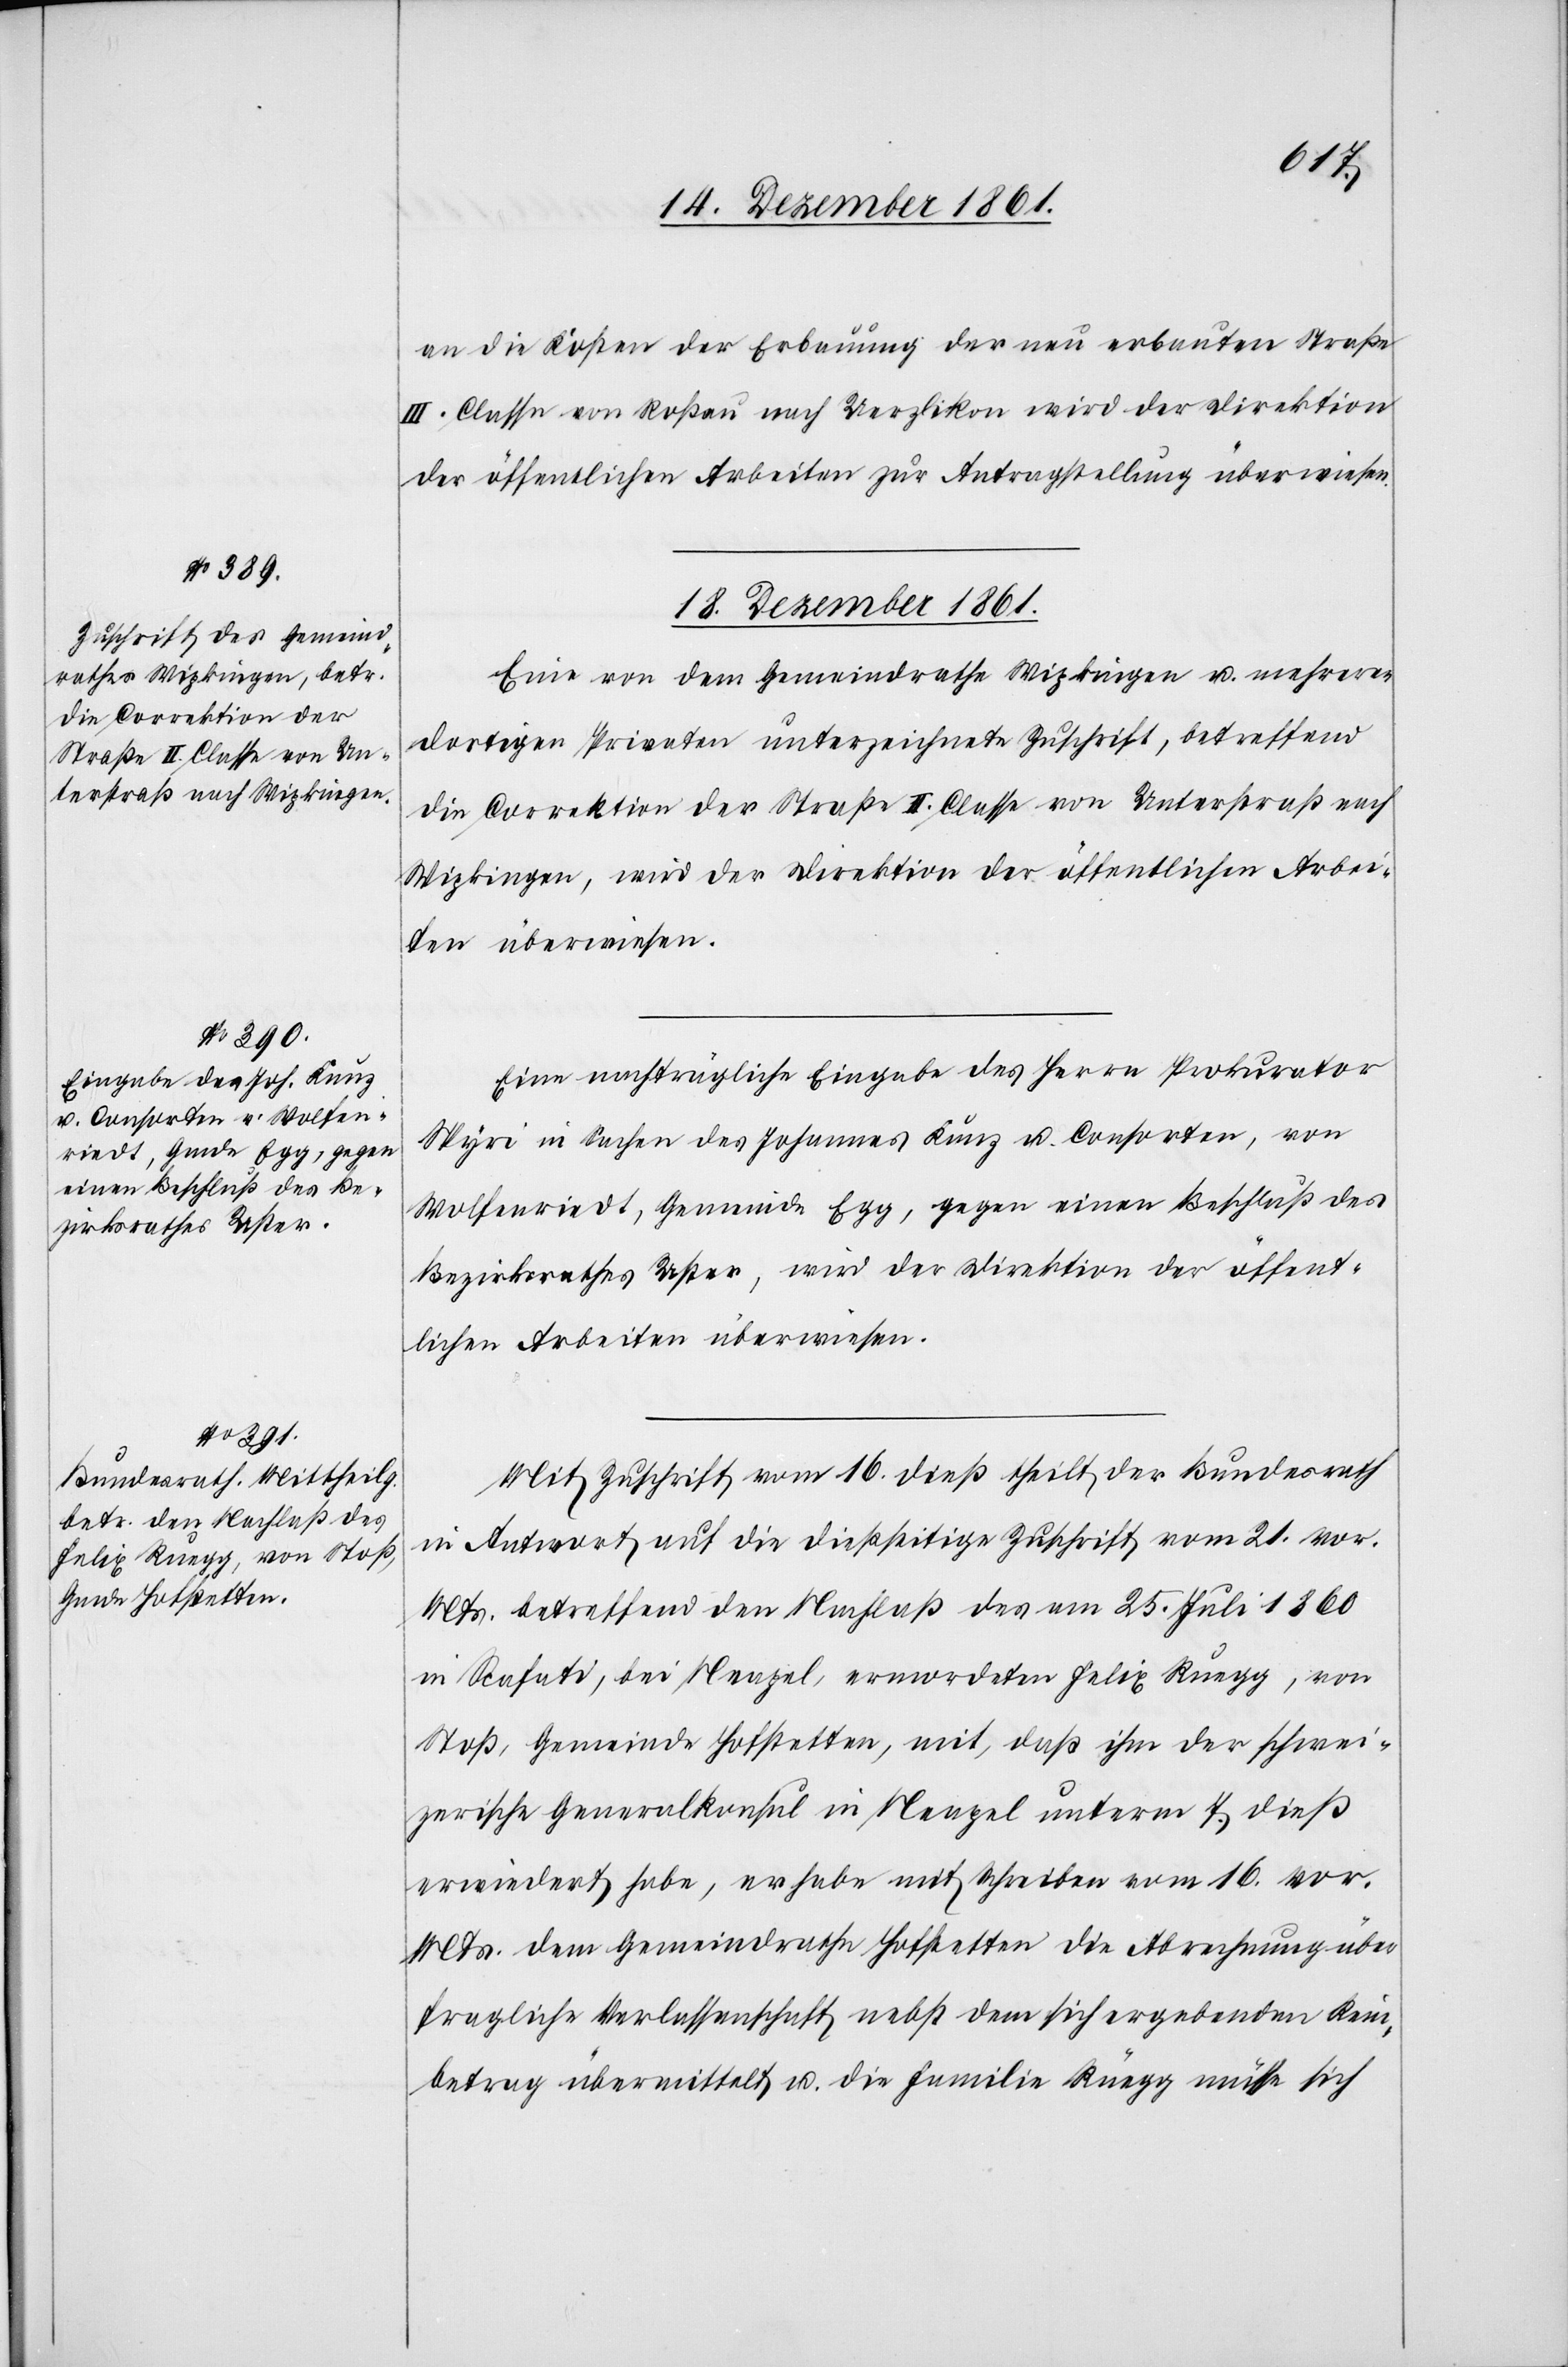
an die Kosten der Erbauung der neu erbauten Straße
III Classe von Roßau nach Uerzlikon wird der Direktion
der öffentlichen Arbeiten zur Antragstellung überwiesen.
18 Dezember 1861.]
Eine von dem Gemeindrathe Wipkingen u. mehreren
dortigen Privaten unterzeichnete Zuschrift, betreffend
die Correktion der Straße II Classe von Unterstraß nach
Wipkingen, wird der Direktion der öffentlichen Arbei¬
ten überwiesen.
Eine nachträgliche Eingabe des Herrn Prokurator
Spyri in Sachen des Johannes Kunz u. Consorten, von
Wolfenriedt, Gemeinde Egg, gegen einen Beschluß des
Bezirksrathes Uster, wird der Direktion der öffent¬
lichen Arbeiten überwiesen.
Mit Zuschrift vom 16 dieß theilt der Bundesrath
in Antwort auf die dießseitige Zuschrift vom 21 vor.
Mts. betreffend den Nachlaß des am 25 Juli 1860
in Rafati, bei Neapel, ermordeten Felix Ruegg, von
Stoß, Gemeinde Hofstetten, mit, daß ihm der schwei¬
zerische Generalkonsul in Neapel unterm 7 dieß
erwiedert habe, er habe mit Schreiben vom 16 vor.
Mts. dem Gemeindrathe Hofstetten die Abrechnung über
fragliche Verlassenschaft nebst dem sich ergebenden Rein¬
betrag übermittelt u. die Familie Rüegg müsse sich